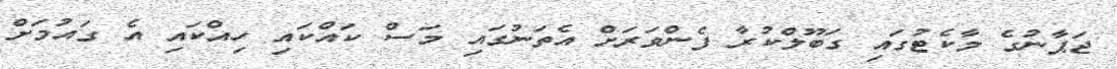
ޖަޕާނުގެ މާކެޓުގައި ގަބޫލްކުރާ ފެންވަރަށް އެތަނުގައި މަސް ކައްކައި ހިއްކައި އެ ގައުމަށް